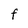
Character: F